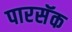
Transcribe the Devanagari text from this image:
पारसॅक